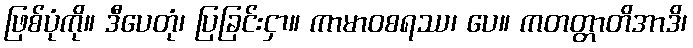
ဖြစ်ပုံကို။ ဒီပေတုံ၊ ပြခြင်းငှာ။ ကာမာဝစရဿ၊ ပေ။ ကတတ္တာတိအာဒိ၊